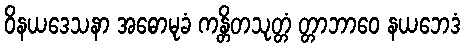
ဝိနယဒေသနာ အဓောမုခံ ကန္တိတသုတ္တံ တ္တာဘာဝေ နယဘေဒံ